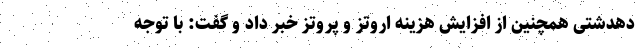
دهدشتی همچنین از افزایش هزینه اروتز و پروتز خبر داد و گفت: با توجه